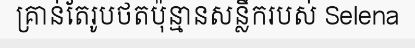
គ្រាន់តែរូបថតប៉ុន្មានសន្លឹករបស់ Selena